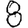
Digit: 8